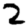
Digit: 2